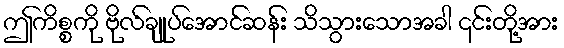
ဤကိစ္စကို ဗိုလ်ချုပ်အောင်ဆန်း သိသွားသောအခါ ၎င်းတို့အား